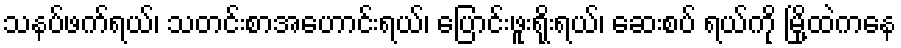
သနပ်ဖက်ရယ်၊ သတင်းစာအဟောင်းရယ်၊ ပြောင်းဖူးရိုးရယ်၊ ဆေးစပ် ရယ်ကို မြို့ထဲကနေ